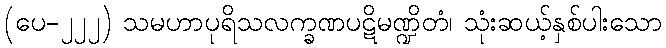
(ပေ-၂၂၂) သမဟာပုရိသလက္ခဏပဋိမဏ္ဍိတံ၊ သုံးဆယ့်နှစ်ပါးသော